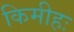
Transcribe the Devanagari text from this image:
किमीहः